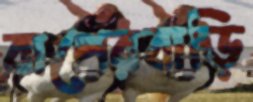
বাপেরবাড়ি